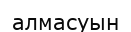
алмасуын